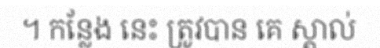
។ កន្លែង នេះ ត្រូវបាន គេ ស្គាល់